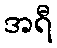
အရီ